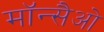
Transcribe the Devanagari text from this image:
मॉन्सैओ